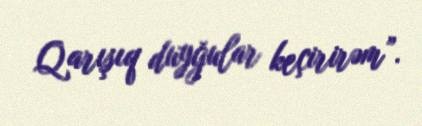
Qarışıq duyğular keçirirəm”.